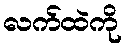
လက်ထဲကို